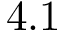
4 . 1